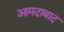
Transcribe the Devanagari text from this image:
आमदाबाद